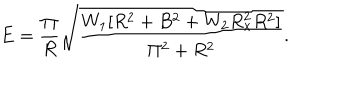
E = \frac { \Pi } { R } \sqrt { \frac { W _ { 1 } [ R ^ { 2 } + B ^ { 2 } + W _ { 2 } R _ { x } ^ { 2 } R ^ { 2 } ] } { \Pi ^ { 2 } + R ^ { 2 } } } .